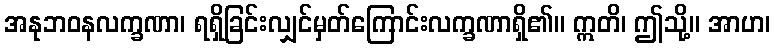
အနုဘဝနလက္ခဏာ၊ ရရှိခြင်းလျှင်မှတ်ကြောင်းလက္ခဏာရှိ၏။ ဣတိ၊ ဤသို့။ အာဟ၊